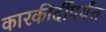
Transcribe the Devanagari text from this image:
कारकीर्दीपर्यंत